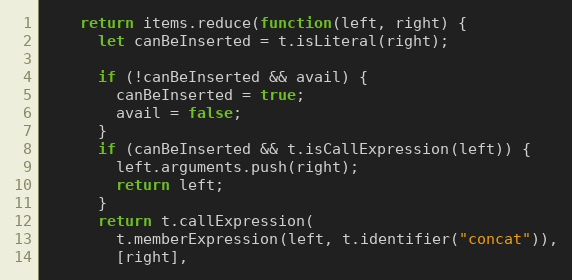
Language: JavaScript
    return items.reduce(function(left, right) {
      let canBeInserted = t.isLiteral(right);

      if (!canBeInserted && avail) {
        canBeInserted = true;
        avail = false;
      }
      if (canBeInserted && t.isCallExpression(left)) {
        left.arguments.push(right);
        return left;
      }
      return t.callExpression(
        t.memberExpression(left, t.identifier("concat")),
        [right],